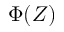
\Phi ( Z )